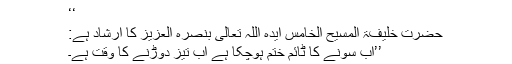
‘‘
حضرت خلیفۃ المسیح الخامس ایدہ اللہ تعالیٰ بنصرہ العزیز کا ارشاد ہے:
’’اب سونے کا ٹائم ختم ہوچکا ہے اب تیز دوڑنے کا وقت ہے۔